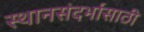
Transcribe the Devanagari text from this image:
स्थानसंदर्भासाठी